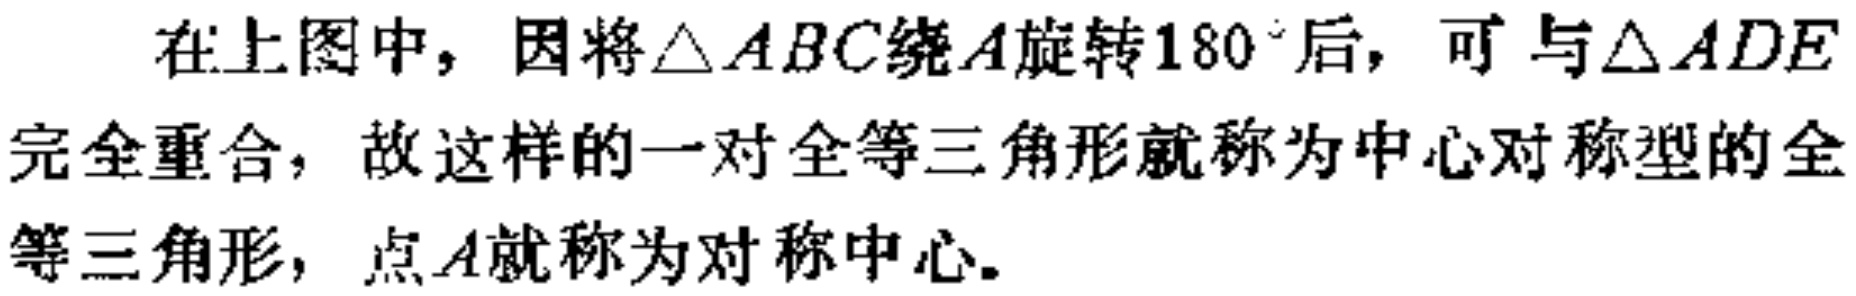
在上图中，因将$\triangle ABC$绕$A$旋转$180^{\circ}$后，可与$\triangle ADE$完全重合，故这样的一对全等三角形就称为中心对称型的全等三角形，点$A$就称为对称中心。